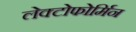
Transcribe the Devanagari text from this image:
लेक्टोफोर्मिन